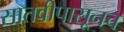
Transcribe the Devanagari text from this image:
सातवीपासूनच